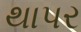
થાપર